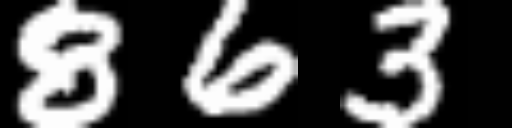
Text: 863